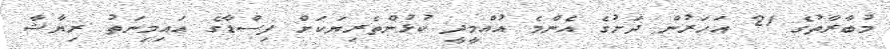
މުބާރާތުގެ 21 އަހަރުން ދަށުގެ އެންމެ އުއްމީދީ ކުޅުންތެރިޔަކަށް ފިސްޑާގެ އައިމިނަތު ރިޔާޝާ